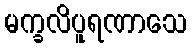
မက္ခလိပူရဏာသေ